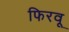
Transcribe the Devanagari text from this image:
फिरवू